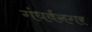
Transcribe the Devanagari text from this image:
गंधर्वनगर